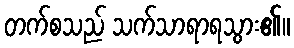
တက်စသည် သက်သာရာရသွား၏။